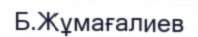
Б.Жұмағалиев